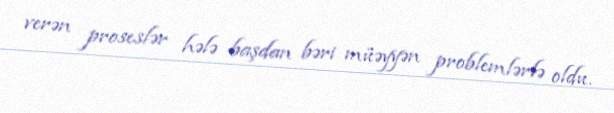
verən proseslər hələ başdan bəri müəyyən problemlərlə oldu.